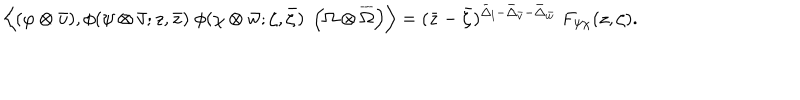
LaTeX: \left\langle ( \varphi \otimes \bar { u } ) , \phi ( \psi \otimes \bar { v } ; z , \bar { z } ) \; \phi ( \chi \otimes \bar { w } ; \zeta , \bar { \zeta } ) \; \left( \Omega \otimes \overline { { { \Omega } } } \right) \right\rangle = ( \bar { z } - \bar { \zeta } ) ^ { \bar { \Delta } _ { l } - \bar { \Delta } _ { \bar { v } } - \bar { \Delta } _ { \bar { w } } } \; F _ { \psi \chi } ( z , \zeta ) .